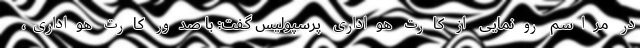
در مراسم رونمایی از کارت هواداری پرسپولیس گفت: با صدور کارت هواداری،